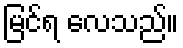
မြင်ရ လေသည်။